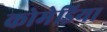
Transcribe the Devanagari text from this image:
कोमेडिया